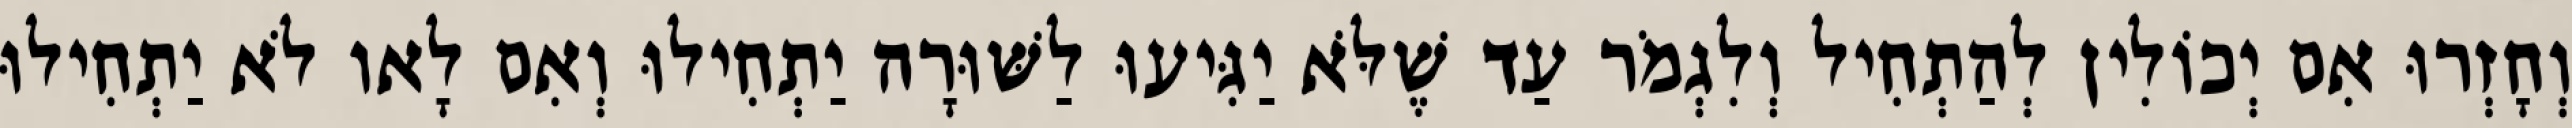
וְחָזְרוּ אִם יְכוֹלִין לְהַתְחִיל וְלִגְמֹר עַד שֶׁלֹּא יַגִּיעוּ לַשּׁוּרָה יַתְחִילוּ וְאִם לָאו לֹא יַתְחִילוּ